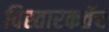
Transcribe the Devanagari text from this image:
विस्तारकर्तेच